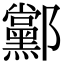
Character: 䣣